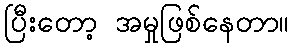
ပြီးတော့ အမှုဖြစ်နေတာ။